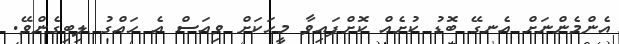
އެންމެންނަށް އެނގޭ ބޮޑު ކުށެއް ކޮށްފައިވާ މީހަކަށް ވިއަސް އެ ހައްގު ލިބިގެންވޭ.